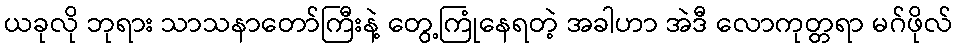
ယခုလို ဘုရား သာသနာတော်ကြီးနဲ့ တွေ့ကြုံနေရတဲ့ အခါဟာ အဲဒီ လောကုတ္တရာ မဂ်ဖိုလ်